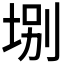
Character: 𡌀